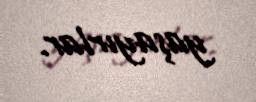
yaşayırlar.